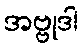
အဗ္ဗုဒါ